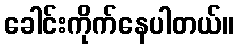
ခေါင်းကိုက်နေပါတယ်။